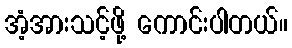
အံ့အားသင့်ဖို့ ကောင်းပါတယ်။